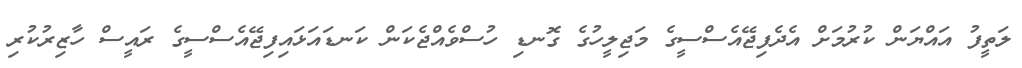
ލަތީފު އައްޔަން ކުރުމަށް އެދެފިޖޭއެސްސީގެ މަޖިލީހުގެ ގޮނޑި ހުސްވެއްޖެކަން ކަނޑައަޅައިފިޖޭއެސްސީގެ ރައީސް ހާޒިރުކުރި